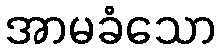
အာမခံသော